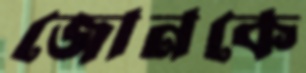
জোনকে